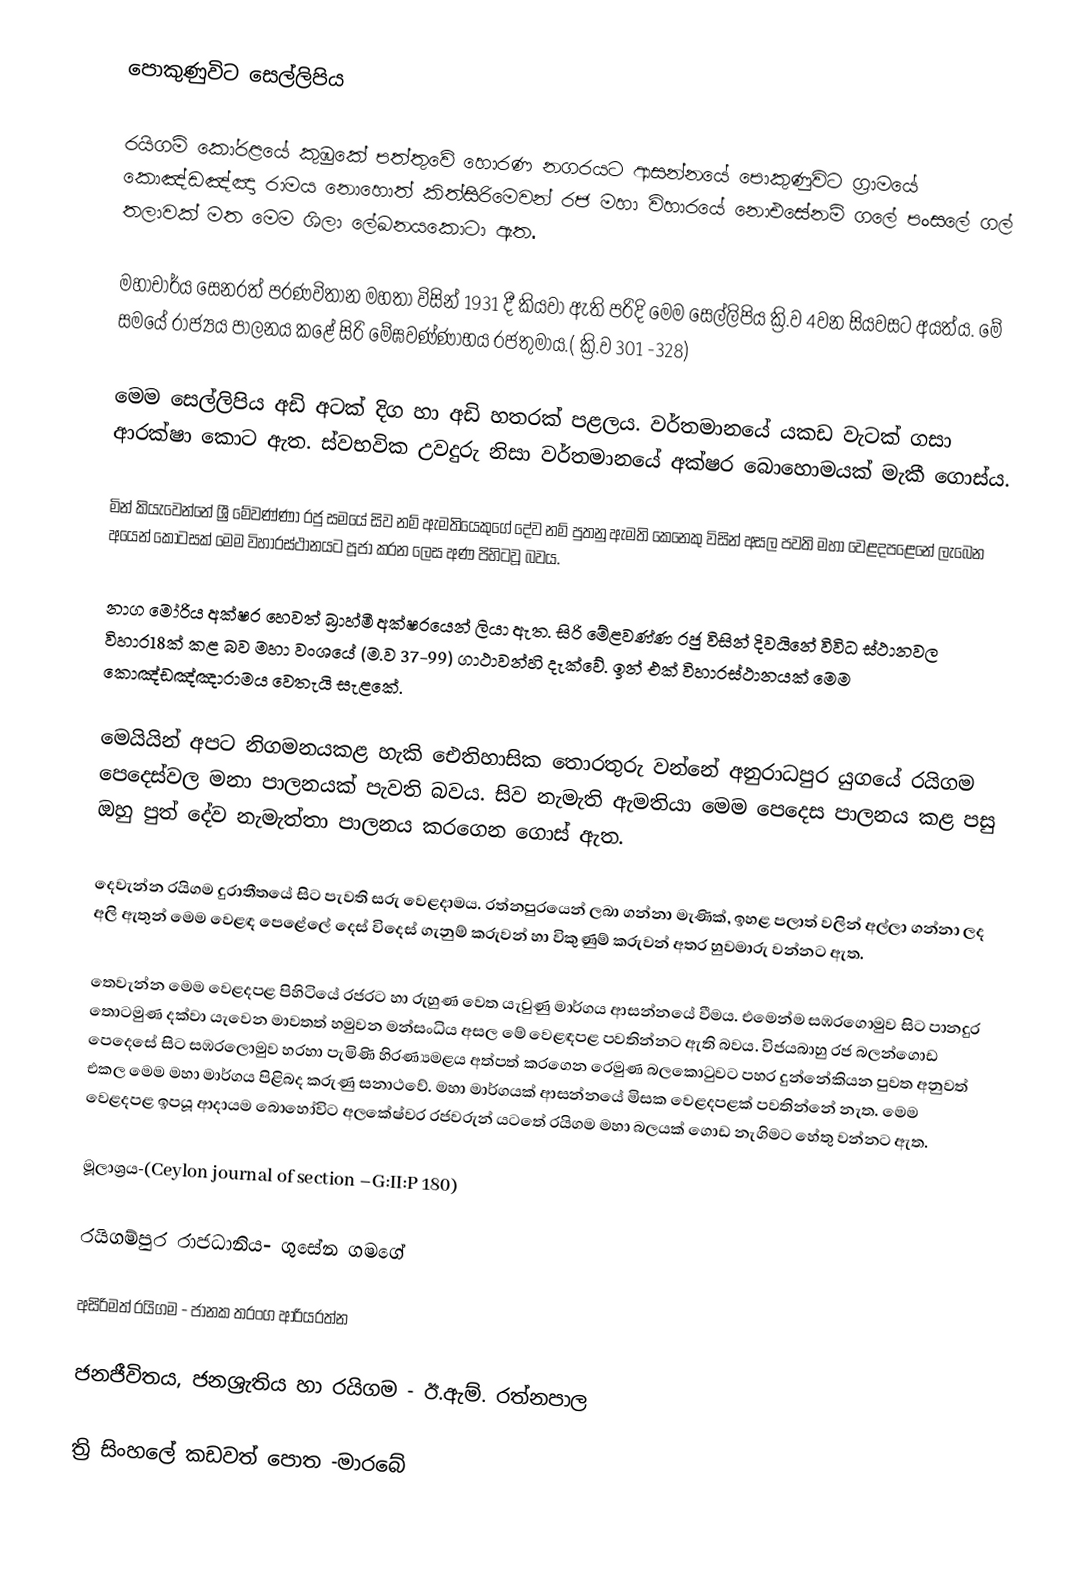
පොකුණුවිට සෙල්ලිපිය

රයිගම් කෝරළයේ කුඹුකේ පත්තුවේ හොරණ නගරයට ආසන්නයේ පොකුණුවිට ග්‍රාමයේ  කොඤ්ඩඤ්ඤා රාමය නොහොත් කිත්සිරිමෙවන් රජ මහා විහාරයේ නොඑසේනම් ගලේ පංසලේ ගල් තලාවක් මත මෙම ශිලා ලේඛනයකොටා ඇත.

මහාචාර්ය සෙනරත් පරණවිතාන මහතා විසින් 1931 දී කියවා ඇති පරිදි මෙම සෙල්ලිපිය ක්‍රි.ව 4වන සියවසට අයත්ය. මේ සමයේ රාජ්‍යය පාලනය කළේ සිරි මේඝවණ්ණාභය රජතුමාය.( ක්‍රි.ව 301 -328)

මෙම සෙල්ලිපිය අඩි අටක් දිග හා අඩි හතරක් පළලය. වර්තමානයේ යකඩ වැටක් ගසා ආරක්ෂා කොට ඇත. ස්වභවික උවදුරු නිසා වර්තමානයේ අක්ෂර බොහොමයක් මැකී ගොස්ය.

මින් කියැවෙන්නේ ශ්‍රී මේවණ්ණා රජු සමයේ සිව නම් ඇමතියෙකුගේ දේව නම් පුතනු ඇමති කෙනෙකු විසින් අසල පවති මහා වෙළදපළෙනේ ලැබෙන අයෙන් කොටසක් මෙම විහාරස්ථානයට පූජා කරන ලෙස අණ පිහිටවූ බවය.

නාග මෝරිය අක්ෂර හෙවත් බ්‍රාහ්මී අක්ෂරයෙන් ලියා ඇත.  සිරි මේළවණ්ණ රජු විසින් දිවයිනේ විවිධ ස්ථානවල විහාර18ක් කළ බව මහා වංශයේ (ම.ව 37-99) ගාථාවන්හි දැක්වේ. ඉන් එක් විහාරස්ථානයක් මෙම කොඤ්ඩඤ්ඤාරාමය වෙතැයි සැළකේ.

මෙයියින් අපට නිගමනයකළ හැකි ඓතිහාසික තොරතුරු වන්නේ අනුරාධපුර යුගයේ රයිගම පෙදෙස්වල මනා පාලනයක් පැවති බවය. සිව නැමැති ඇමතියා මෙම පෙදෙස පාලනය කළ පසු ඔහු පුත් දේව නැමැත්තා පාලනය කරගෙන ගොස් ඇත.

දෙවැන්න රයිගම දුරාතීතයේ සිට පැවති සරු වෙළදාමය. රත්නපුරයෙන් ලබා ගන්නා මැණික්, ඉහළ පලාත් වලින් අල්ලා ගන්නා ලද අලි ඇතුන් මෙම වෙළඳ පෙළේලේ දෙස් විදෙස් ගැනුම් කරුවන් හා විකුණුම් කරුවන් අතර හුවමාරු වන්නට ඇත.

තෙවැන්න මෙම වෙළදපළ පිහිටියේ රජරට හා රුහුණ වෙත යැවුණු මාර්ගය ආසන්නයේ වීමය. එමෙන්ම සඹරගොමුව සිට පානදුර තොටමුණ දක්වා යැවෙන මාවතත් හමුවන  මන්සංධිය අසල මේ වෙළඳපළ පවතින්නට ඇති බවය. විජයබාහු රජ බලන්ගොඩ පෙදෙසේ සිට සඹරලොමුව හරහා පැමිණි හිරණ්‍යමළය අත්පත් කරගෙන රෙමුණ බලකොටුවට පහර දුන්නේකියන පුවත අනුවත් එකල මෙම මහා මාර්ගය පිළිබද කරුණු සනාථවේ. මහා මාර්ගයක් ආසන්නයේ මිසක වෙළදපළක් පවතින්නේ නැත. මෙම වෙළදපළ ඉපයූ ආදායම බොහෝවිට අලකේෂ්වර රජවරුන් යටතේ රයිගම මහා බලයක් ගොඩ නැගිමට හේතු වන්නට ඇත.

මූලාශ්‍රය-(Ceylon journal of section –G:II:P 180)

රයිගම්පුර රාජධානිය- ගුසේන ගමගේ

  අසිරිමත් රයිගම - ජානක තරංග ආරියරත්න

   ජනජීවිතය, ජනශ්‍රැතිය හා රයිගම - ඊ.ඇම්. රත්නපාල

    ත්‍රි සිංහලේ කඩවත් පොත -මාරබේ